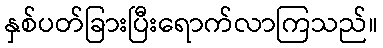
နှစ်ပတ်ခြားပြီးရောက်လာကြသည်။